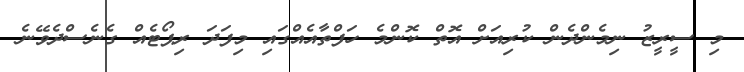
މި ސީރީޒު ނިމެންދެން ކުރިއަށް އޮތް ކޮންމެ ހަފްތާއެއްގައި މިފަދަ ރިޕޯޓެއް ގެނެސްދެވޭނެ